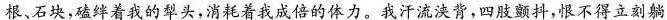
根、石块，磕绊着我的犁头，消耗着我成倍的体力。我汗流浃背，四肢颤抖，恨不得立刻躺